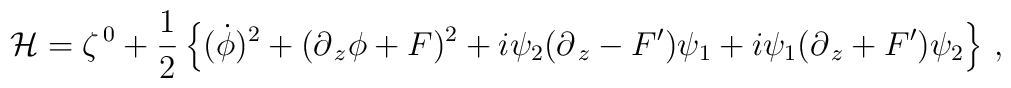
{\cal H} = \zeta^{\,0}+ \frac{1}{2}\left\{(\dot \phi)^2+(\partial_{\,z} \phi+F)^2 +i\psi_2(\partial_{\,z} - F^\prime)\psi_1+ i \psi_1(\partial_{\,z} +F^\prime)\psi_2\right\}\,,